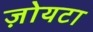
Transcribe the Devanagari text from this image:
ज़ोयटा